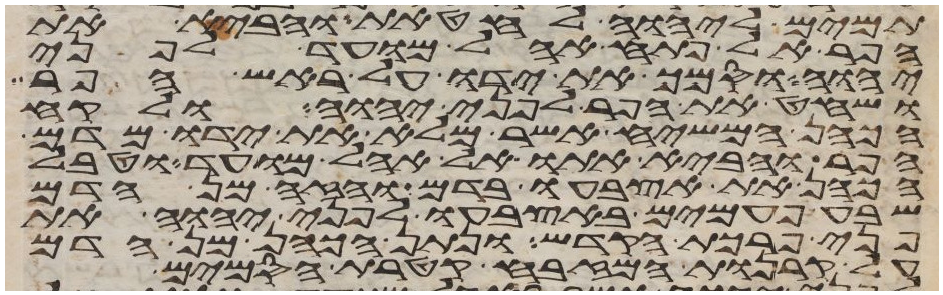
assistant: תמים ליהוה לחטאת והביא את
הפר אל פתח אהל מועד לפני
יהוה וסמך את ידו על ראש הפר
ושחט את הפר לפני יהוה ולקח
הכהן המשיח אשר מלא את ידו מדם
הפר והביא אתו אל אהל מועד וטבל
הכהן את אצבעו בדם והזה מן הדם
שבע פעמים באצבעו לפני יהוה את
פני פרכת הקדש ונתן הכהן מן הדם
על קרנות המזבח קטרת הסמים